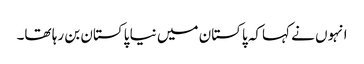
انہوں نے کہاکہ پاکستان میں نیا پاکستان بن رہا تھا۔